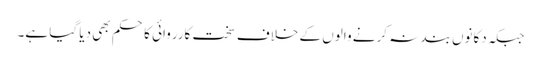
جبکہ دکانوں بند نہ کرنے والوں کے خلاف سخت کارروائی کا حکم بھی دیا گیا ہے۔